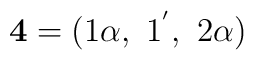
{\bf 4} = (1\alpha,~1^{^{\prime}},~2\alpha)